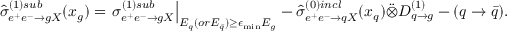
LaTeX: \hat { \sigma } _ { e ^ { + } e ^ { - } \rightarrow g X } ^ { ( 1 ) s u b } ( x _ { g } ) = \left. \sigma _ { e ^ { + } e ^ { - } \rightarrow g X } ^ { ( 1 ) s u b } \right| _ { E _ { q } ( o r E _ { \bar { q } } ) \geq \epsilon _ { \operatorname * { m i n } } E _ { g } } - \hat { \sigma } _ { e ^ { + } e ^ { - } \rightarrow q X } ^ { ( 0 ) i n c l } ( x _ { q } ) \ddot { \otimes } D _ { q \rightarrow g } ^ { ( 1 ) } - ( q \rightarrow \bar { q } ) .